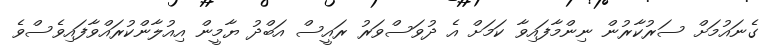
ގެނައުމަށް ސަރުކާރުން ނިންމާފައިވާ ކަމަށް އެ ދުވަސްވަރު ރައީސް އަބްދު ޔާމީން އިއުލާންކުރައްވާފައިވެސްވެ